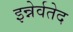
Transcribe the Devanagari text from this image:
इन्नेर्वतेद